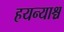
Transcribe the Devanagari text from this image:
हयन्याश्च